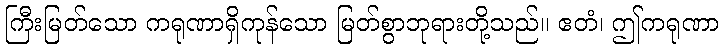
ကြီးမြတ်သော ကရုဏာရှိကုန်သော မြတ်စွာဘုရားတို့သည်။ ဧတံ၊ ဤကရုဏာ